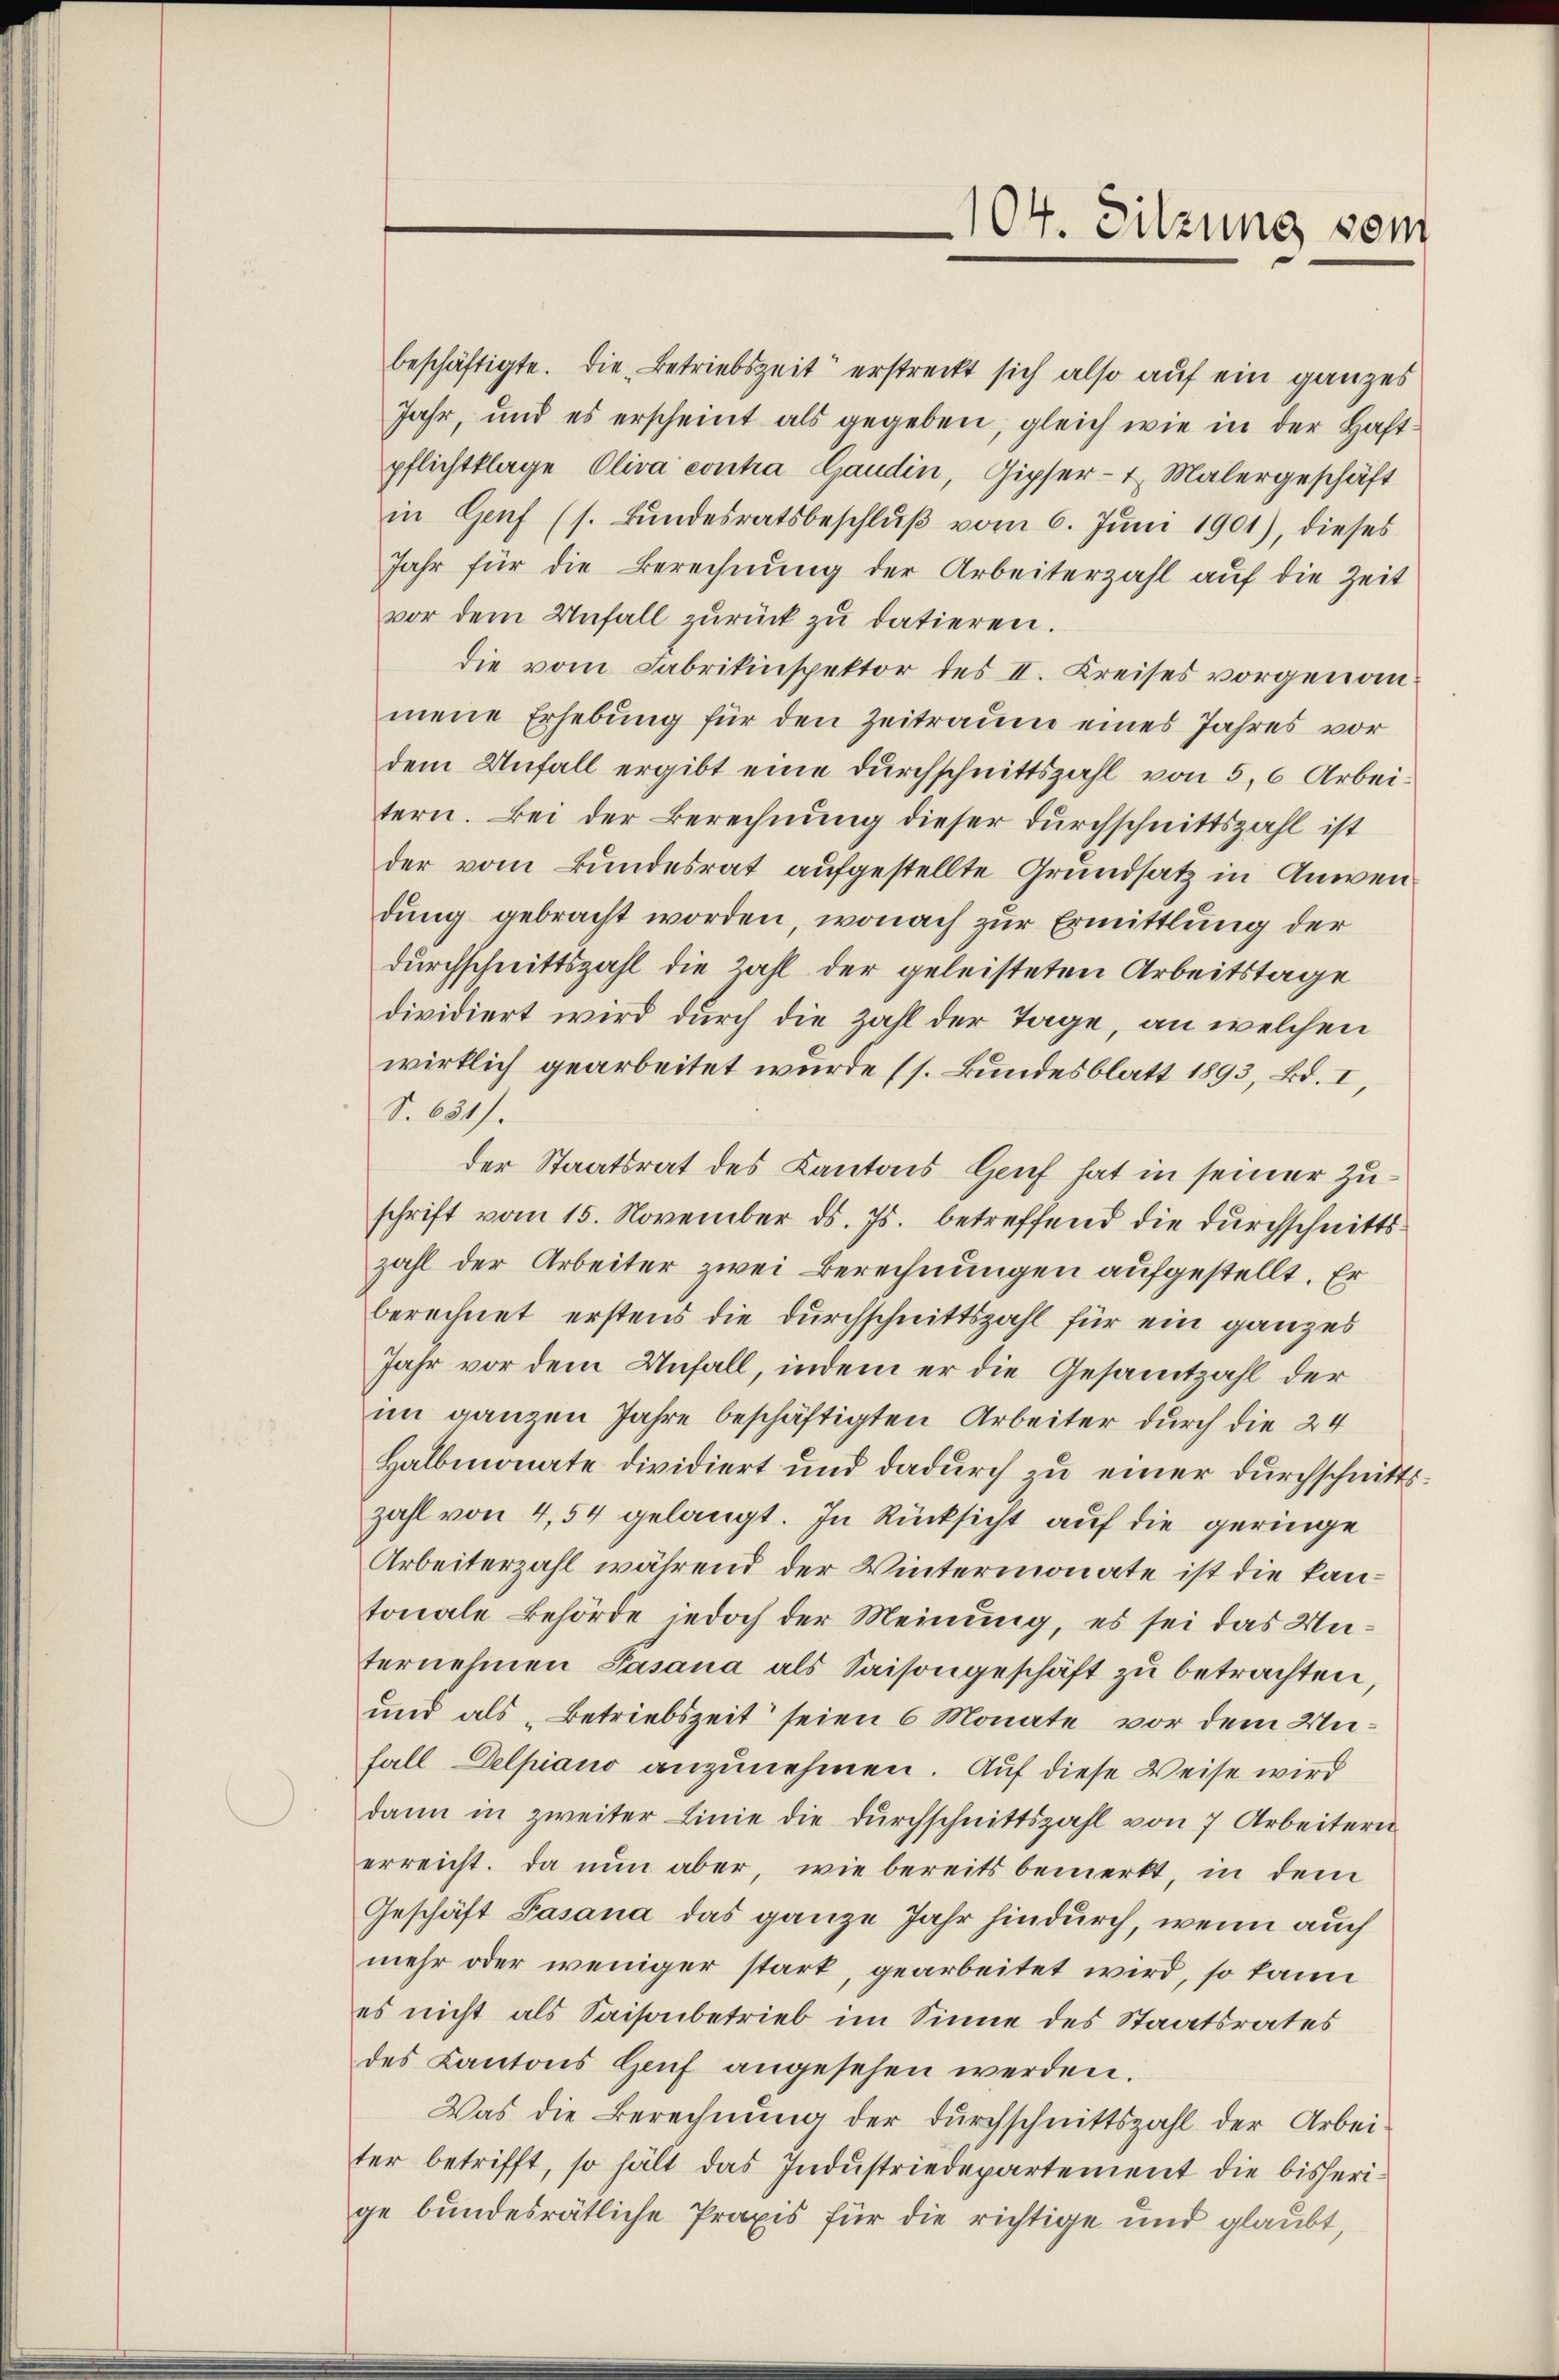
beschäftigte. Die Betriebszeit erstreckt sich also auf ein ganzes
Jahr, und es erscheint als gegeben, gleich wie in der Haft-
pflichtklage Oliva contra Gaudin, Gipfer - 7. Malergeschäft
in Genf (s. Bŭndesratsbeschlŭβ vom 6. Jŭni 1901), dieses
Jahr für die Berechnung der Arbeiterzahl auf die Zeit
vor dem Unfall zŭrück zŭ datieren.
die vom Fabrikinspektor des II. Kreises vorgenommene Erhebung für den Zeitraum eines Jahres vor
dem Unfall ergibt eine Durchschnittszahl von 5, 6 Arbeitern. Bei der Berechnung dieser durchschnittszahl ist
der vom Bundesrat aufgestellte Grundsatz in Anwendung gebracht worden, wonach zur Ermittlung der
durchschnittszahl die Zahl der geleisteten Arbeitstage
dividiert wird durch die Zahl der Tage, an welchen
wirklich gearbeitet wurde (s. Bundesblatt 1893, Bd. I,
S. 631).
der Staatsrat des Kantons Genf hat in seiner Zuschrift vom 15. November ds. Js. betreffend die durchschnittszahl der Arbeiter zwei Berechnungen aufgestellt. Er
berechnet erstens die Durchschnittszahl für ein ganzes
Jahr vor dem Unfall, indem er die Gesammtzahl der
im ganzen Jahre beschäftigten Arbeiter durch die 24
Halbmonate dividiert und dadurch zu einer durchschnittszahl von 4,54 gelangt. In Rücksicht auf die geringe
Arbeiterzahl während der Wintermonate ist die kantonale Behörde jedoch der Meinung, es sei das Unternehmen Pasana als Saisongeschäft zu betrachten
und als „Betriebszeit seien 6 Monate vor dem Unfall Delpiano anzunehmen. Auf diese Weise wird
dann in zweiter Linie die Durchschnittszahl von 7 Arbeitern
erreicht. Da nun aber, wie bereits bemerkt, in dem
Geschäft Pasana das ganze Jahr hindurch, wenn auch
mehr oder weniger stark, gearbeitet wird, so kann
es nicht als Saisonbetrieb im Sinne des Staatsrates
des Kantons Genf angesehen werden.
Was die Berechnung der Durchschnittszahl der Arbei
ter betrifft, so hält das Indŭstriedepartement die bisheri-
ge bundesrätliche Praxis für die richtige und glaubt,

104. Sitzung vom